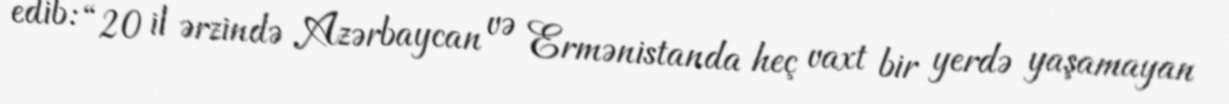
edib: “20 il ərzində Azərbaycan və Ermənistanda heç vaxt bir yerdə yaşamayan